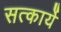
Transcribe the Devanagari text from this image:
सत्कार्ये